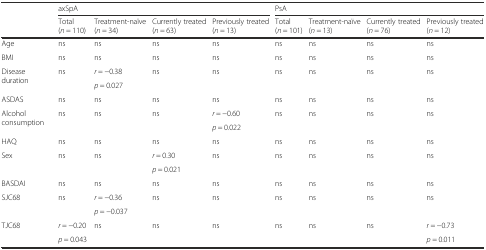
<table><thead><tr><td rowspan="2"></td><td colspan="4"><b>axSpA</b></td><td colspan="4"><b>PsA</b></td></tr><tr><td><b>Total (<i>n</i> = 110)</b></td><td><b>Treatment-naïve (<i>n</i> = 34)</b></td><td><b>Currently treated (<i>n</i> = 63)</b></td><td><b>Previously treated (<i>n</i> = 13)</b></td><td><b>Total (<i>n</i> = 101)</b></td><td><b>Treatment-naïve (<i>n</i> = 13)</b></td><td><b>Currently treated (<i>n</i> = 76)</b></td><td><b>Previously treated (<i>n</i> = 12)</b></td></tr></thead><tbody><tr><td>Age</td><td>ns</td><td>ns</td><td>ns</td><td>ns</td><td>ns</td><td>ns</td><td>ns</td><td>ns</td></tr><tr><td>BMI</td><td>ns</td><td>ns</td><td>ns</td><td>ns</td><td>ns</td><td>ns</td><td>ns</td><td>ns</td></tr><tr><td rowspan="2">Disease duration</td><td rowspan="2">ns</td><td><i>r</i> = −0.38</td><td rowspan="2">ns</td><td rowspan="2">ns</td><td rowspan="2">ns</td><td rowspan="2">ns</td><td rowspan="2">ns</td><td rowspan="2">ns</td></tr><tr><td><i>p</i> = 0.027</td></tr><tr><td>ASDAS</td><td>ns</td><td>ns</td><td>ns</td><td>ns</td><td>ns</td><td>ns</td><td>ns</td><td>ns</td></tr><tr><td rowspan="2">Alcohol consumption</td><td rowspan="2">ns</td><td rowspan="2">ns</td><td rowspan="2">ns</td><td><i>r</i> = −0.60</td><td rowspan="2">ns</td><td rowspan="2">ns</td><td rowspan="2">ns</td><td rowspan="2">ns</td></tr><tr><td><i>p</i> = 0.022</td></tr><tr><td>HAQ</td><td>ns</td><td>ns</td><td>ns</td><td>ns</td><td>ns</td><td>ns</td><td>ns</td><td>ns</td></tr><tr><td rowspan="2">Sex</td><td rowspan="2">ns</td><td rowspan="2">ns</td><td><i>r</i> = 0.30</td><td rowspan="2">ns</td><td rowspan="2">ns</td><td rowspan="2">ns</td><td rowspan="2">ns</td><td rowspan="2">ns</td></tr><tr><td><i>p</i> = 0.021</td></tr><tr><td>BASDAI</td><td>ns</td><td>ns</td><td>ns</td><td>ns</td><td>ns</td><td>ns</td><td>ns</td><td>ns</td></tr><tr><td rowspan="2">SJC68</td><td rowspan="2">ns</td><td><i>r</i> = −0.36</td><td rowspan="2">ns</td><td rowspan="2">ns</td><td rowspan="2">ns</td><td rowspan="2">ns</td><td rowspan="2">ns</td><td rowspan="2">ns</td></tr><tr><td><i>p</i> = −0.037</td></tr><tr><td rowspan="2">TJC68</td><td><i>r</i> = −0.20</td><td rowspan="2">ns</td><td rowspan="2">ns</td><td rowspan="2">ns</td><td rowspan="2">ns</td><td rowspan="2">ns</td><td rowspan="2">ns</td><td><i>r</i> = −0.73</td></tr><tr><td><i>p</i> = 0.043</td><td><i>p</i> = 0.011</td></tr></tbody></table>